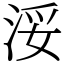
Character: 浽